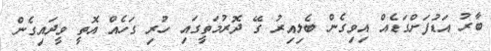
ބާރު އަޑުފަށްގަޑެއް އިވިގެން ބެލިއިރު ގޭ ދޮރުމަތީގައި ހުރި ގަހެއް އޮތީ ވީދައިގެން